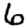
Digit: 6